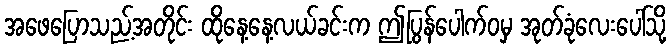
အဖေပြောသည့်အတိုင်း ထိုနေ့နေ့လယ်ခင်းက ဤပြွန်ပေါက်ဝမှ အုတ်ခုံလေးပေါ်သို့